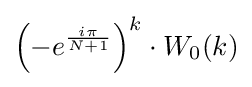
\left(-e^{\frac {i\pi }{N+1}}\right)^{k}\cdot W_{0}(k)